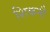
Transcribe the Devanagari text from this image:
शिकनी